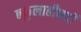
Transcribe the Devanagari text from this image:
बकुलाहीनदी